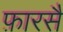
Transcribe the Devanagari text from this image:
फ़ारसै